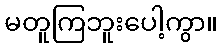
မတူကြဘူးပေါ့ကွာ။